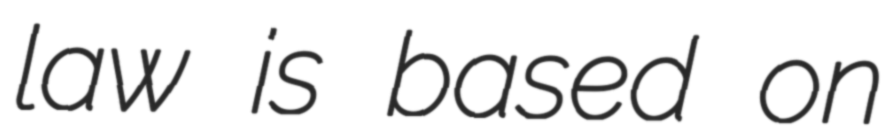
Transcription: law is based on